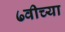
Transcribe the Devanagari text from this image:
७वीच्या